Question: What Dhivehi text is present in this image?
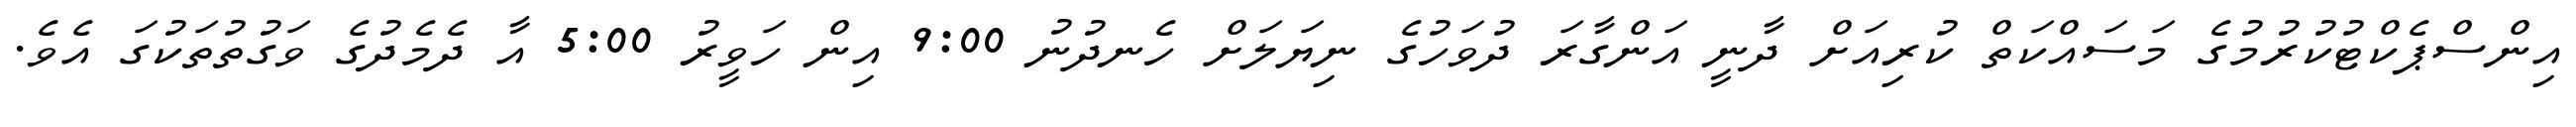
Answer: އިންސްޕެކްޓުކުރުމުގެ މަސައްކަތް ކުރިއަށް ދާނީ އަންގާރަ ދުވަހުގެ ނިޔަލަށް ހެނދުނު 9:00 އިން ހަވީރު 5:00 އާ ދެމެދުގެ ވަގުތުތަކުގަ އެވެ.